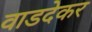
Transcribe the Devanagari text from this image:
वाडदेकर